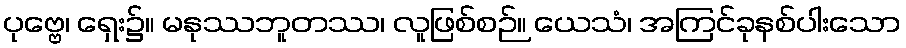
ပုဗ္ဗေ၊ ရှေး၌။ မနုဿဘူတဿ၊ လူဖြစ်စဉ်။ ယေသံ၊ အကြင်ခုနစ်ပါးသော